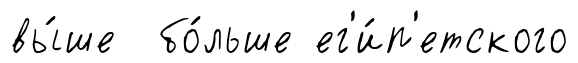
вы́ше бо́льше ег'и́п'етского